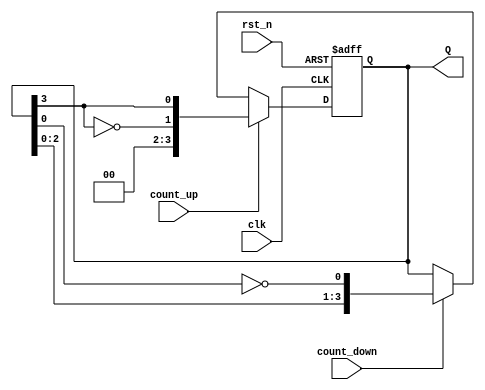
module BidirectionalJohnsonCounter (
    input wire clk,          // Clock signal
    input wire rst_n,       // Asynchronous reset (active low)
    input wire count_up,    // Count Up control signal
    input wire count_down,  // Count Down control signal
    output reg [N-1:0] Q    // Counter output
);
    parameter N = 4;  // Number of flip-flops (change as needed)

    // State transition logic
    always @(posedge clk or negedge rst_n) begin
        if (!rst_n) begin
            Q <= 0; // Reset state
        end else begin
            if (count_up) begin
                // Counting Up: Shift right and feed inverted output back
                Q <= {~Q[N-1], Q[N-1:N-1]}; // Shift right and invert last bit
            end else if (count_down) begin
                // Counting Down: Shift left and feed inverted output back
                Q <= {Q[N-2:0], ~Q[0]}; // Shift left and invert first bit
            end
            // If neither count_up nor count_down is active, hold the state
        end
    end

endmodule